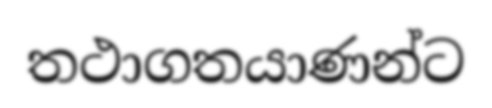
තථාගතයාණන්ට